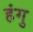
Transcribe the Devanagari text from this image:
हंगु